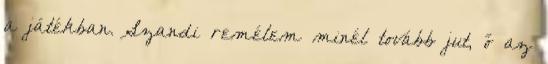
a játékban. Szandi remélem minél tovább jut, ő az